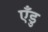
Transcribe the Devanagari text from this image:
एँडु